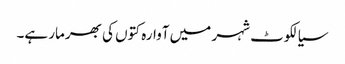
سیالکوٹ شہر میں آوارہ کتوں کی بھرمار ہے۔